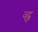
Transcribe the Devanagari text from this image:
व्ह्ज